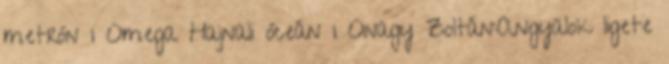
metrón 1 Omega Hajnali óceán 1 Onagy Zoltán:Angyalok ligete